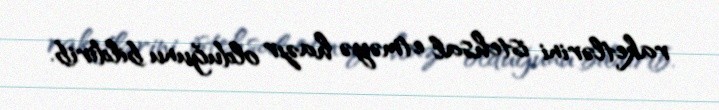
raketlərini istehsal etməyə hazır olduğunu bildirib.